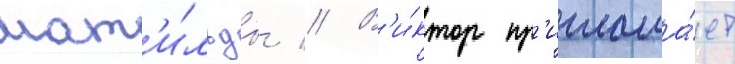
мат'и́льды // В'и́ктор пр'иглаша́ет